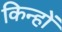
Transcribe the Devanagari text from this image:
किन्हों